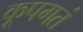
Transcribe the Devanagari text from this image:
कूपगतं